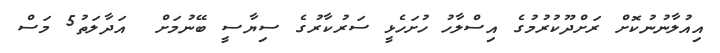
އިއުލާނުނުކޮށް ރަށްދޫކުރުމުގެ އިސްލާހު ހުށަހެޅީ ސަރުކާރުގެ ސިޔާސީ ބޭނުމަށް  އަދާލަތު5 މަސް